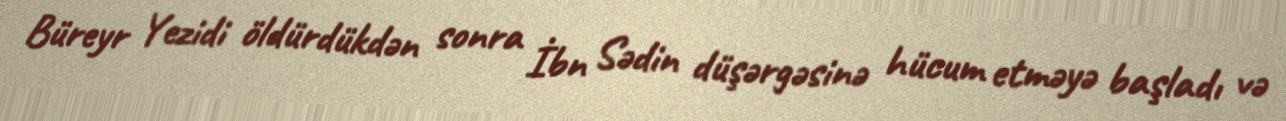
Büreyr Yezidi öldürdükdən sonra İbn Sədin düşərgəsinə hücum etməyə başladı və